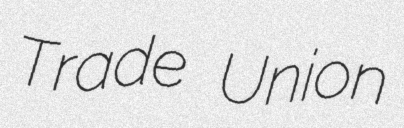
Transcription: Trade Union